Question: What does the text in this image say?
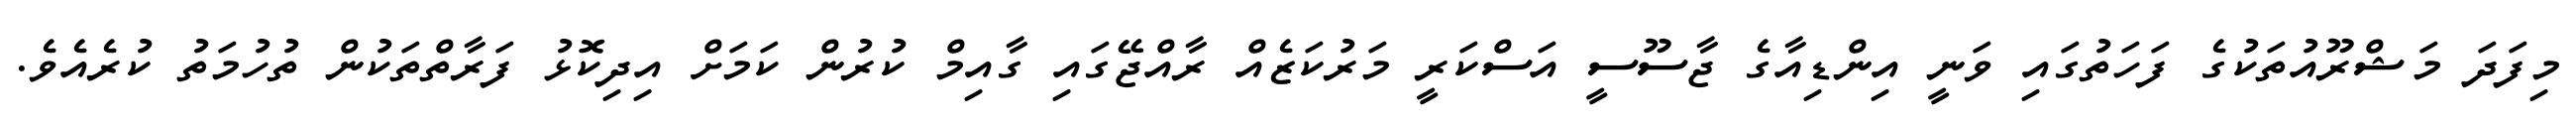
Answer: މިފަދަ މަޝްރޫއުތަކުގެ ފަހަތުގައި ވަނީ އިންޑިއާގެ ޖާސޫސީ އަސްކަރީ މަރުކަޒެއް ރާއްޖޭގައި ގާއިމް ކުރުން ކަމަށް އިދިކޮޅު ފަރާތްތަކުން ތުހުމަތު ކުރެއެވެ.